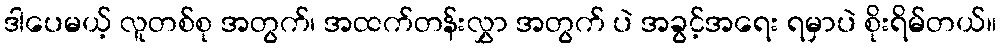
ဒါပေမယ့် လူတစ်စု အတွက်၊ အထက်တန်းလွှာ အတွက် ပဲ အခွင့်အရေး ရမှာပဲ စိုးရိမ်တယ်။